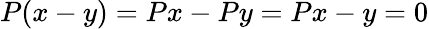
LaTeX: P(x-y)=Px-Py=Px-y=0